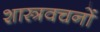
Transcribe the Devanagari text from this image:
शास्त्रवचनों